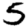
Digit: 5